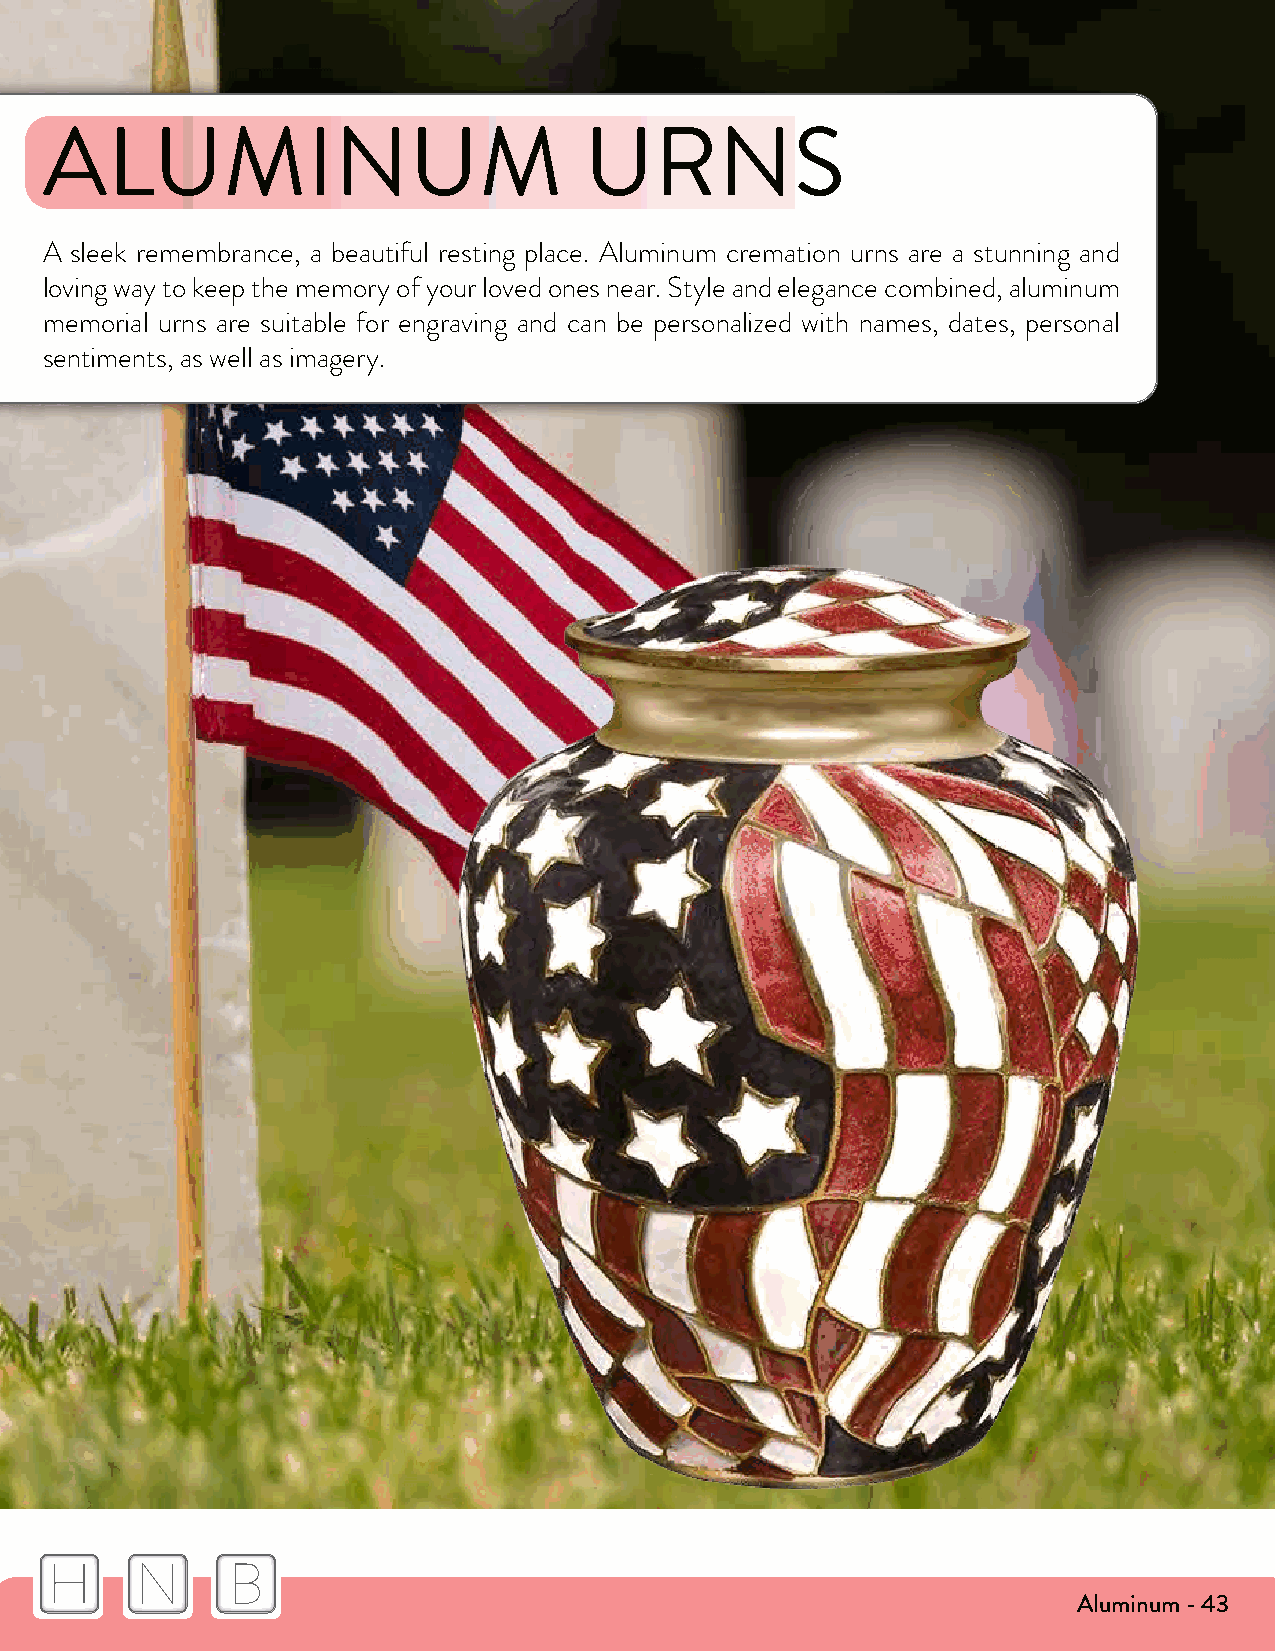
ALUMINUM                            URNS
 A sleek remembrance, a beautiful resting place. Aluminum cremation urns are a stunning and
 loving way to keep the memory of your loved ones near. Style and elegance combined, aluminum
 memorial urns are suitable for engraving and can be personalized with names, dates, personal
 sentiments, as well as imagery.
 H     N     B
 Aluminum - 43